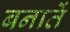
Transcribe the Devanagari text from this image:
बनातें